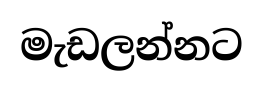
මැඩලන්නට